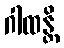
ဂါထန္တိ